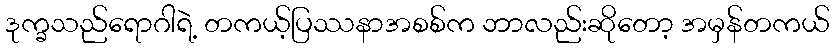
ဒုက္ခသည်ရောဂါရဲ့ တကယ့်ပြဿနာအစစ်က ဘာလည်းဆိုတော့ အမှန်တကယ်